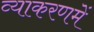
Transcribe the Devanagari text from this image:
व्याकरणमें